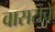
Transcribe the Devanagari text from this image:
वासराचे